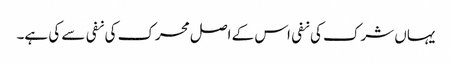
یہاں شرک کی نفی اس کے اصل محرک کی نفی سے کی ہے۔